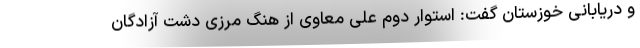
و دریابانی خوزستان گفت: استوار دوم علی معاوی از هنگ مرزی دشت آزادگان